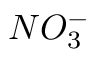
N O _ { 3 } ^ { - }